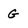
Character: G